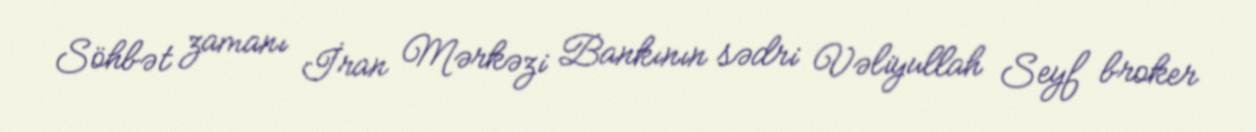
Söhbət zamanı İran Mərkəzi Bankının sədri Vəliyullah Seyf broker